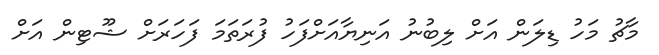
މާޗު މަހު ޑިލަން އަށް ލިބުނު އަނިޔާއަށްފަހު ފުރަތަމަ ފަހަރަށް ޝޫޓިން އަށް